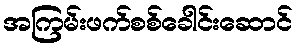
အကြမ်းဖက်စစ်ခေါင်းဆောင်